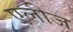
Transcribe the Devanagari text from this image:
एलीज